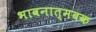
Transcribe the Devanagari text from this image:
भावनात्मबक